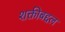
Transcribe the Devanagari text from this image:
शक्तीबद्दल